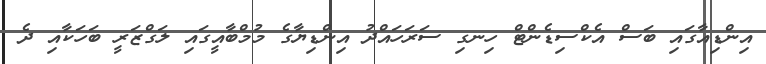
އިންޑިއާގައި ބަސް އެކްސިޑެންޓް ހިނގި ސަރަހައްދު އިންޑިޔާގެ މުމްބާއީގައި ލަގްޒަރީ ބަހަކާއި ދެ